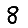
Digit: 8